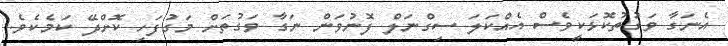
އެނަގާ ވަގުތުކޮޅަކީވެސް އެއްކަލަ ސިގްނަލް ފޮނުވަން ނަގާ ވަގުތަށް މަގުފަހި ކޮށްދޭ ކަމެކެވެ.